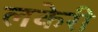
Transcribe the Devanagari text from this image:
लकेरी